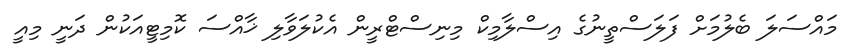
މައްސަލަ ބެލުމަށް ފަލަސްތީނުގެ އިސްލާމިކް މިނިސްޓްރީން އެކުލަވާލި ޚާއްސަ ކޮމިޓީއަކުން ދަނީ މިއީ